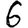
Digit: 6